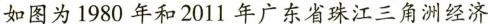
如图为1980年和2011年广东省珠江三角洲经济